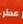
عطر